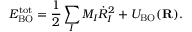
E _ { \mathrm { B O } } ^ { \mathrm { t o t } } = \frac { 1 } { 2 } \sum _ { I } M _ { I } { \dot { R } } _ { I } ^ { 2 } + U _ { \mathrm { B O } } ( { \bf R } ) .